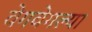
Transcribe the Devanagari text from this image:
वेगवेगल्या